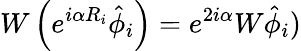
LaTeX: W\left(e^{i\alpha R_{i}}\hat{\phi}_{i}\right)=e^{2i\alpha}W\hat{\phi}_{i})